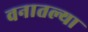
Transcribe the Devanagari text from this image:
वनातल्या